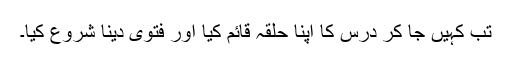
تب کہیں جا کر درس کا اپنا حلقہ قائم کیا اور فتویٰ دینا شروع کیا۔